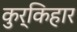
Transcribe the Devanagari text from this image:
कुर्किहार